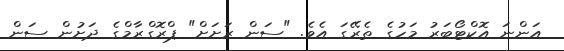
އަންނަ އޮކްޓޯބަރު މަހުގެ ތެރޭގަ އެވެ. "ސަން ރަށަށް" ޕްރޮގްރާމްގެ ދަށުން ސަން